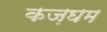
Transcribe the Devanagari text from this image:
कज़घम